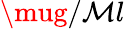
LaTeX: \mug/\mathcal{M}l